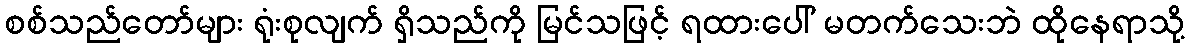
စစ်သည်တော်များ ရုံးစုလျက် ရှိသည်ကို မြင်သဖြင့် ရထားပေါ် မတက်သေးဘဲ ထိုနေရာသို့